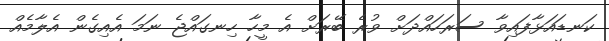
ކަނޑައަޅާފައިވާ ސަރަހައްދަށް ވުރެ ބޭރަށް އެ މީހާ ހިނގައްޖެ ނަމަ އެއިގެން އެލާމެއް